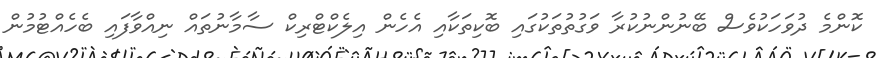
ކޮންމެ ދުވަހަކުވެސް ބޭނުންނުކުރާ ވަގުތުތަކުގައި ބޮކިތަކާއި އެހެން އިލެކްޓްރިކް ސާމާނުތައް ނިއްވާފައި ބެހެއްޓުމުން